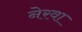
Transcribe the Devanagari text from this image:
नेरवा